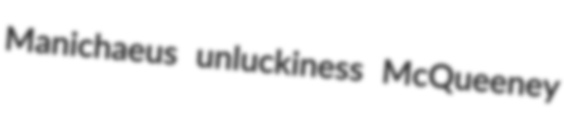
Manichaeus unluckiness McQueeney